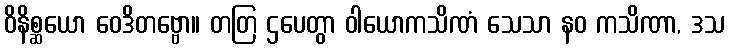
ဝိနိစ္ဆယော ဝေဒိတဗ္ဗော။ တတြ ဌပေတွာ ဝါယောကသိဏံ သေသာ နဝ ကသိဏာ, ဒသ